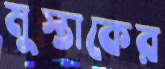
মুস্তাকের